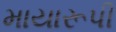
માયારૂપી